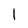
Character: I